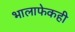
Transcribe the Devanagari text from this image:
भालाफेकही